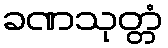
ခဏသုတ္တံ